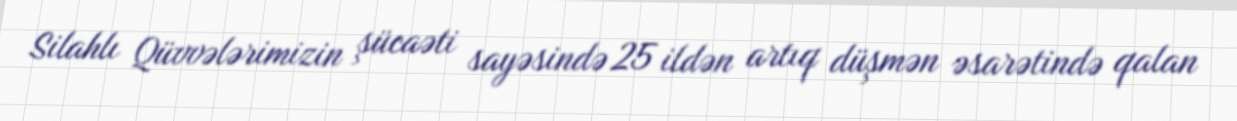
Silahlı Qüvvələrimizin şücaəti sayəsində 25 ildən artıq düşmən əsarətində qalan